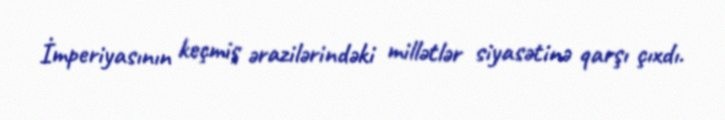
İmperiyasının keçmiş ərazilərindəki millətlər siyasətinə qarşı çıxdı.